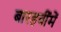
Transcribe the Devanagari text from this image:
बारहवींमें